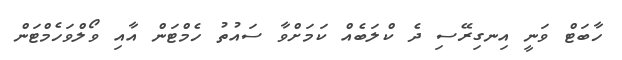
ހާބަޓް ވަނީ އިނގިރޭސި ދެ ކްލަބެއް ކަމަށްވާ ސައުތު ހެމްޓަން އާއި ވޯލްވަހެމްޓަން